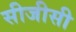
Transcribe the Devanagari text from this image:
सीजीसी